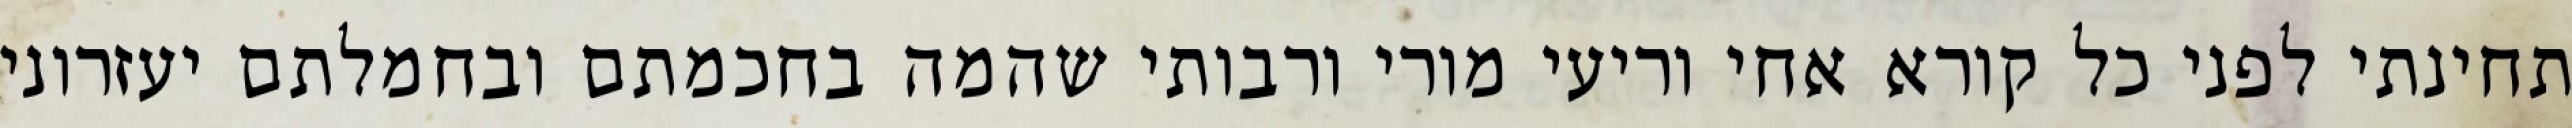
תחינתי לפני כל קורא אחי וריעי מורי ורבותי שהמה בחכמתם ובחמלתם יעזרוני